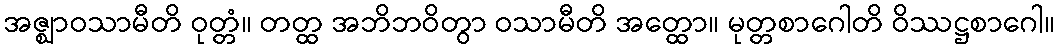
အဇ္ဈာဝသာမီတိ ဝုတ္တံ။ တတ္ထ အဘိဘဝိတွာ ဝသာမီတိ အတ္ထော။ မုတ္တစာဂေါတိ ဝိဿဋ္ဌစာဂေါ။